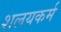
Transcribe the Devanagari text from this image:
शलयकर्म